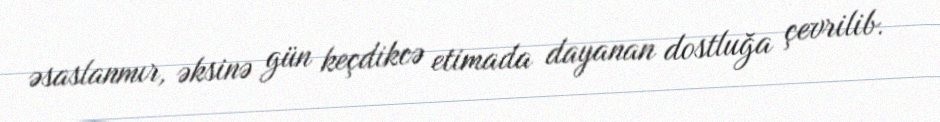
əsaslanmır, əksinə gün keçdikcə etimada dayanan dostluğa çevrilib.